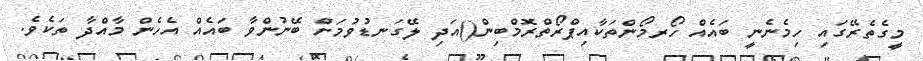
މީގެތެރޭގައި ހިމެނެނީ ބައެއް ހޯރމޯންތަކާއިޕްރޯތްރޮމްބިން()އަދި ލޭގަނޑުވުމަށް ބޭނުންވާ ބައެއް އެހެން މާއްދާ ތަކެވެ.